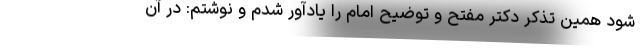
شود همین تذکر دکتر مفتح و توضیح امام را یادآور شدم و نوشتم: در آن